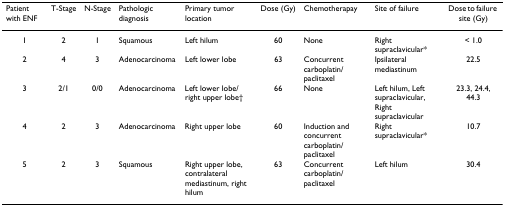
| Patient with ENF | T-Stage | N-Stage | Pathologic diagnosis | Primary tumor location | Dose (Gy) | Chemotherapay | Site of failure | Dose to failure site (Gy) |
 | --- | --- | --- | --- | --- | --- | --- | --- | --- |
 | 1 | 2 | 1 | Squamous | Left hilum | 60 | None | Right supraclavicular* | < 1.0 |
 | 2 | 4 | 3 | Adenocarcinoma | Left lower lobe | 63 | Concurrent carboplatin/paclitaxel | Ipsilateral mediastinum | 22.5 |
 | 3 | 2/1 | 0/0 | Adenocarcinoma | Left lower lobe/right upper lobe† | 66 | None | Left hilum, Left supraclavicular, Right supraclavicular | 23.3, 24.4, 44.3 |
 | 4 | 2 | 3 | Adenocarcinoma | Right upper lobe | 60 | Induction and concurrent carboplatin/paclitaxel | Right supraclavicular* | 10.7 |
 | 5 | 2 | 3 | Squamous | Right upper lobe, contralateral mediastinum, right hilum | 63 | Concurrent carboplatin/paclitaxel | Left hilum | 30.4 |